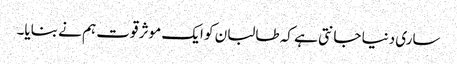
ساری دنیا جانتی ہے کہ طالبان کو ایک موثر قوت ہم نے بنایا۔